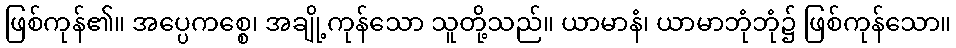
ဖြစ်ကုန်၏။ အပ္ပေကစ္စေ၊ အချို့ကုန်သော သူတို့သည်။ ယာမာနံ၊ ယာမာဘုံဘုံ၌ ဖြစ်ကုန်သော။